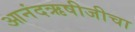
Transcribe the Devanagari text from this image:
आनंदऋषीजीचा